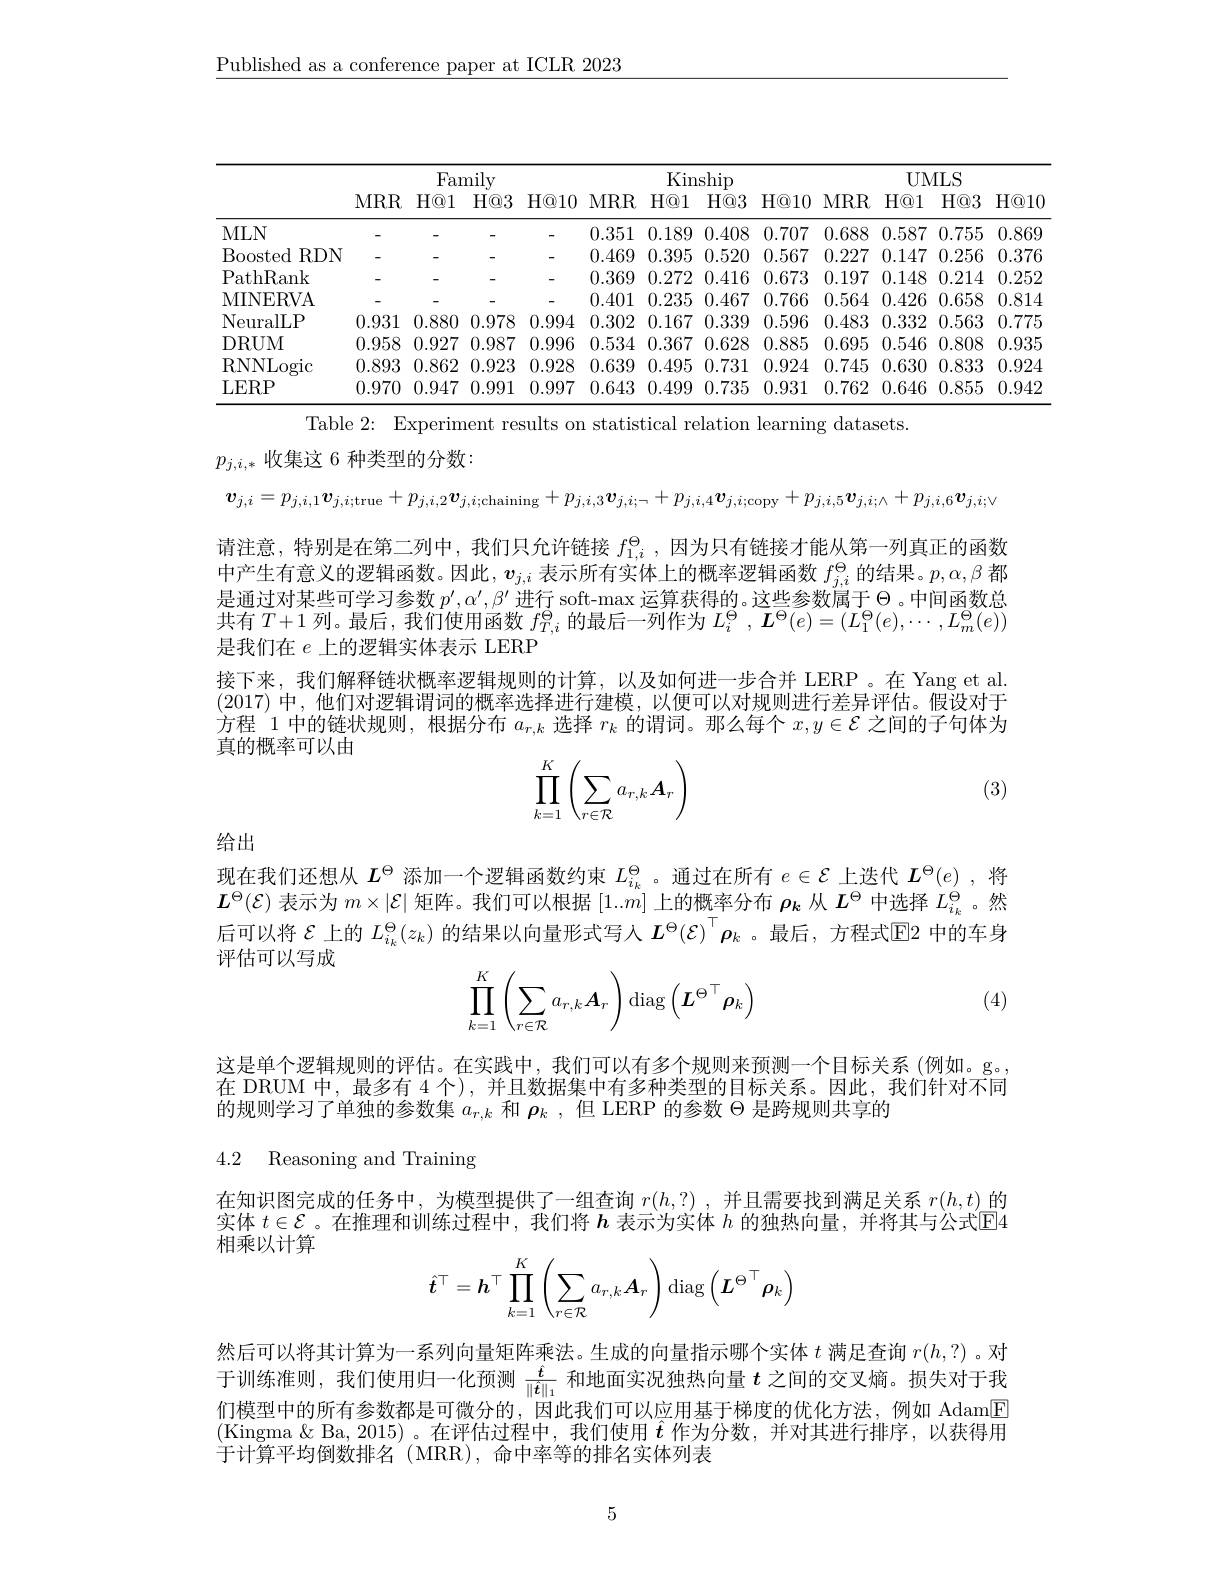
$\underline{\text{Published as a conference paper at ICLR 2023}}$

<table>
	<tbody>
		<tr>
			<th> </th>
			<th colspan="4">Family</th>
			<th colspan="3">Kinship</th>
			<th> </th>
			<th colspan="4">UMLS</th>
		</tr>
		<tr>
			<th> </th>
			<th>$MRR$</th>
			<th>$H@1$</th>
			<th>$H@3$</th>
			<th>$H@10$</th>
			<th>$MRR$</th>
			<th>$H@1$</th>
			<th>$H@3$</th>
			<th>$H@10$</th>
			<th>$MRR$</th>
			<th>$H@1$</th>
			<th>$H@3$</th>
			<th>$H@10$</th>
		</tr>
		<tr>
			<td>MLN</td>
			<td>-</td>
			<td>-</td>
			<td>-</td>
			<td>一</td>
			<td>0.351</td>
			<td>0.189</td>
			<td>0.408</td>
			<td>0.707</td>
			<td>0.688</td>
			<td>0.587</td>
			<td>0.755</td>
			<td>0.869</td>
		</tr>
		<tr>
			<td>Boosted $RDN$</td>
			<td> </td>
			<td> </td>
			<td>-</td>
			<td>-</td>
			<td>0.469</td>
			<td>0.395</td>
			<td>0.520</td>
			<td>0.567</td>
			<td>0.227</td>
			<td>0.147</td>
			<td>0.256</td>
			<td>0.376</td>
		</tr>
		<tr>
			<td>PathRank</td>
			<td> </td>
			<td> </td>
			<td>-</td>
			<td>-</td>
			<td>0.369</td>
			<td>0.272</td>
			<td>0.416</td>
			<td>0.673</td>
			<td>0.197</td>
			<td>0.148</td>
			<td>0.214</td>
			<td>0.252</td>
		</tr>
		<tr>
			<td>MINERVA</td>
			<td> </td>
			<td> </td>
			<td>-</td>
			<td>-</td>
			<td>0.401</td>
			<td>0.235</td>
			<td>0.467</td>
			<td>0.766</td>
			<td>0.564</td>
			<td>0.426</td>
			<td>0.658</td>
			<td>0.814</td>
		</tr>
		<tr>
			<td>NeuralLP</td>
			<td>0.931</td>
			<td>0.880</td>
			<td>0.978</td>
			<td>0.994</td>
			<td>0.302</td>
			<td>0.167</td>
			<td>0.339</td>
			<td>0.596</td>
			<td>0.483</td>
			<td>0.332</td>
			<td>0.563</td>
			<td>0.775</td>
		</tr>
		<tr>
			<td>DRUM</td>
			<td>0.958</td>
			<td>0.927</td>
			<td>0.987</td>
			<td>0.996</td>
			<td>0.534</td>
			<td>0.367</td>
			<td>0.628</td>
			<td>0.885</td>
			<td>0.695</td>
			<td>0.546</td>
			<td>0.808</td>
			<td>0.935</td>
		</tr>
		<tr>
			<td>RNNLogic</td>
			<td>0.893</td>
			<td>0.862</td>
			<td>0.923</td>
			<td>0.928</td>
			<td>0.639</td>
			<td>0.495</td>
			<td>0.731</td>
			<td>0.924</td>
			<td>0.745</td>
			<td>0.630</td>
			<td>0.833</td>
			<td>0.924</td>
		</tr>
		<tr>
			<td>LERP</td>
			<td>0.970</td>
			<td>0.947</td>
			<td>0.991</td>
			<td>0.997</td>
			<td>0.643</td>
			<td>0.499</td>
			<td>0.735</td>
			<td>0.931</td>
			<td>0.762</td>
			<td>0.646</td>
			<td>0.855</td>
			<td>0.942</td>
		</tr>
	</tbody>
</table>

Table 2: Experiment results on statistical relation learning datasets.

$p_{j,i,*}$收集这 6 种类型的分数：

$\boldsymbol{v}_{j,i}=p_{j,i,1}\boldsymbol{v}_{j,i;\mathrm{true}}+p_{j,i,2}\boldsymbol{v}_{j,i;\mathrm{chaining}}+p_{j,i,3}\boldsymbol{v}_{j,i;-}+p_{j,i,4}\boldsymbol{v}_{j,i;\mathrm{copy}}+p_{j,i,5}\boldsymbol{v}_{j,i;\wedge}+p_{j,i,6}\boldsymbol{v}_{j,i;\vee}$ 请注意，特别是在第二列中，我们只允许链接$f_{1,i}^\mathrm{\Theta}$ ,因为只有链接才能从第一列真正的函数中产生有意义的逻辑函数。因此，$v_{j,i}$表示所有实体上的概率逻辑函数$f_{j,i}^\Theta$的结果。$p,\alpha,\beta$都是通过对某些可学习参数$p^\prime,\alpha^{\prime},\beta^{\prime}$进行 soft-max 运算获得的。这些参数属于$\Theta$ 。中间函数总共有$T+1$列。最后，我们使用函数$f_T,i^\Theta$的最后一列作为$L_i^\Theta,\boldsymbol{L}^\Theta(e)=(L_1^\Theta(e),\cdots,L_m^\Theta(e))$ 是我们在$e$上的逻辑实体表示 LERP
接下来，我们解释链状概率逻辑规则的计算，以及如何进一步合并 LERP。在 Yang et al. (2017)中，他们对逻辑谓词的概率选择进行建模，以便可以对规则进行差异评估。假设对于方程 1 中的链状规则，根据分布$a_r,k$选择$r_k$的谓词。那么每个$x,y\in\mathcal{E}$之间的子句体为真的概率可以由
$$\prod\limits_{k=1}^K\left(\sum\limits_{r\in\mathcal R}a_{r,k}\boldsymbol{A}_r\right)$$
(3)

给出

现在我们还想从$L^\mathrm{\Theta}$添加一个逻辑函数约束$L_{i_k}^\Theta$ 。通过在所有$e\in\mathcal{E}$上迭代$L^\Theta(e)$ ,将$L^{\Theta}(\mathcal{E})$表示为$m\times|\mathcal{E}|$矩阵。我们可以根据$[1..\widetilde{m}]\underset{-}{\operatorname*{\operatorname*{\text{上的概率分布 }}}}\boldsymbol{\rho_{k}}$从$L^{\Theta}$中选择$L_i_{k}^{\Theta}$。然后可以将$\mathcal{E}$上的$L_i_k^\Theta(z_k)$的结果以向量形式写人$L^\Theta(\mathcal{E})^\top\rho_k$ 。最后，方程式$\mathbb{E}$中的车身评估可以写成
$$\prod\limits_{k=1}^K\left(\sum\limits_{r\in\mathcal{R}}a_{r,k}\boldsymbol{A}_r\right)\operatorname{diag}\left(\boldsymbol{L}^{\Theta\top}\boldsymbol{\rho}_k\right)$$
(4)

这是单个逻辑规则的评估。在实践中，我们可以有多个规则来预测一个目标关系(例如。g。在 DRUM 中，最多有 4 个),并且数据集中有多种类型的目标关系。因此，我们针对不同的规则学习了单独的参数集$a_r,k$和$\rho_k$,但 LERP 的参数$\Theta$是跨规则共享的

4.2 Reasoning and Training

在知识图完成的任务中，为模型提供了一组查询$r(h,?)$ ,并且需要找到满足关系$r(h,t)$的实体$t\in\mathcal{E}$ 。在推理和训练过程中，我们将$h$表示为实体$h$的独热向量，并将其与公式$\mathbb{E}$4相乘以计算
$$\hat{\boldsymbol{t}}^\top=\boldsymbol{h}^\top\prod\limits_{k=1}^K\left(\sum\limits_{r\in\mathcal{R}}a_{r,k}\boldsymbol{A}_r\right)\mathrm{diag}\left(\boldsymbol{L}^{\Theta\top}\boldsymbol{\rho}_k\right)$$
然后可以将其计算为一系列向量矩阵乘法。生成的向量指示哪个实体$t$满足查询$r(h,?)$ 。对于训练准则，我们使用归一化预测$\frac{\hat{t}}{\|\hat{t}\|_1}$和地面实况独热向量$t$之间的交叉熵。损失对于我们模型中的所有参数都是可微分的，因此我们可以应用基于梯度的优化方法，例如 Adam$\boxed{\mathrm{F}}$ (Kingma $\&$ Ba, 2015)。在评估过程中，我们使用$\hat{\boldsymbol{t}}$作为分数，并对其进行排序，以获得用于计算平均倒数排名(MRR),命中率等的排名实体列表

5